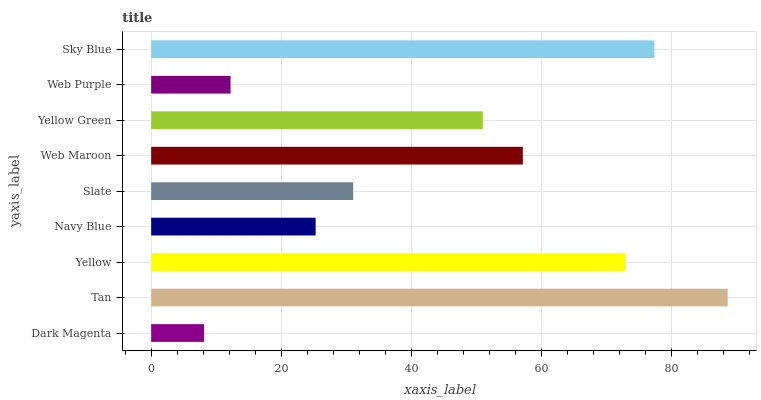
| yaxis_label | bars |
 | --- | --- |
 | Dark Magenta | 8.13 |
 | Tan | 88.6 |
 | Yellow | 72.9 |
 | Navy Blue | 25.3 |
 | Slate | 31 |
 | Web Maroon | 57.1 |
 | Yellow Green | 51 |
 | Web Purple | 12.2 |
 | Sky Blue | 77.3 |